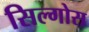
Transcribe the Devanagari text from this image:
सिल्गोस